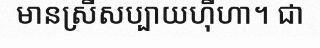
មានស្រីសប្បាយហ៊ឺហា។ ជា